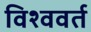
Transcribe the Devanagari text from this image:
विश्ववर्त